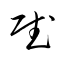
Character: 賦